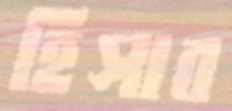
হিসাব